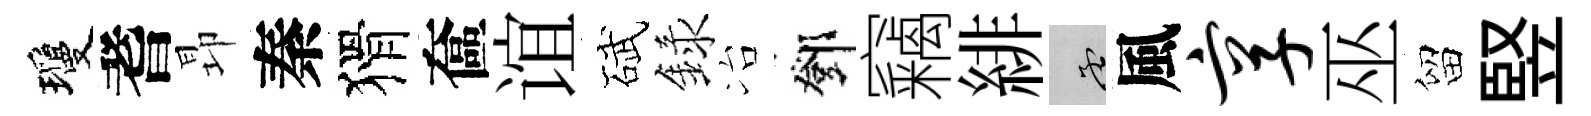
瓊耆昻秦猾奩谊碔録冶鄧竊緋孟風享巫留竪